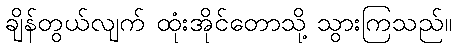
ချိန်တွယ်လျက် ထုံးအိုင်တောသို့ သွားကြသည်။